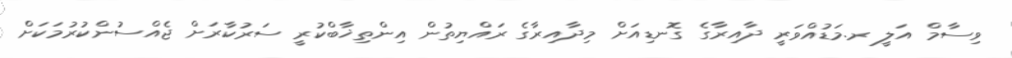
ވިސާމް އަލީ ރ.މަޑުއްވަރީ ދާއިރާގެ ގޮނޑިއަށް މިދާއިރާގެ ރައްޔިތުން އިންތިޚާބްކުރީ ސަރުކާރަށް ޖެއްސުންކުރުމަކަށް